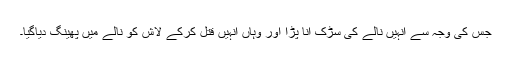
جس کی وجہ سے انہیں نالے کی سڑک آنا پڑا اور وہاں انہیں قتل کرکے لاش کو نالے میں پھینگ دیاگیا۔